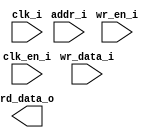
/*******************************************************************************
    Verilog netlist generated by IPGEN Radiant
    Soft IP Version: 1.0.0
    Mon Jun 04 18:30:32 2018
*******************************************************************************/
/*******************************************************************************
    Wrapper Module generated per user settings.
*******************************************************************************/
module rom_himax_cfg_qvga_fixed (clk_i, clk_en_i, wr_en_i, wr_data_i, addr_i,
    rd_data_o)/* synthesis syn_black_box syn_declare_black_box=1 */;
    input  clk_i;
    input  clk_en_i;
    input  wr_en_i;
    input  [15:0]  wr_data_i;
    input  [7:0]  addr_i;
    output  [15:0]  rd_data_o;
endmodule